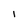
Character: I